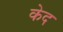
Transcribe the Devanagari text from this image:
केद